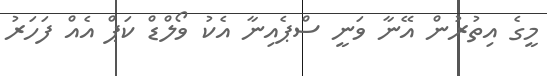
މީގެ އިތުރުން އޭނާ ވަނީ ސްޕެއިނާ އެކު ވޯލްޑް ކަޕް އެއް ފަހަރު